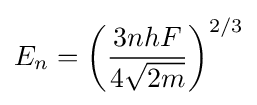
E_{n}=\left({3nhF \over 4{\sqrt {2m}}}\right)^{2/3}